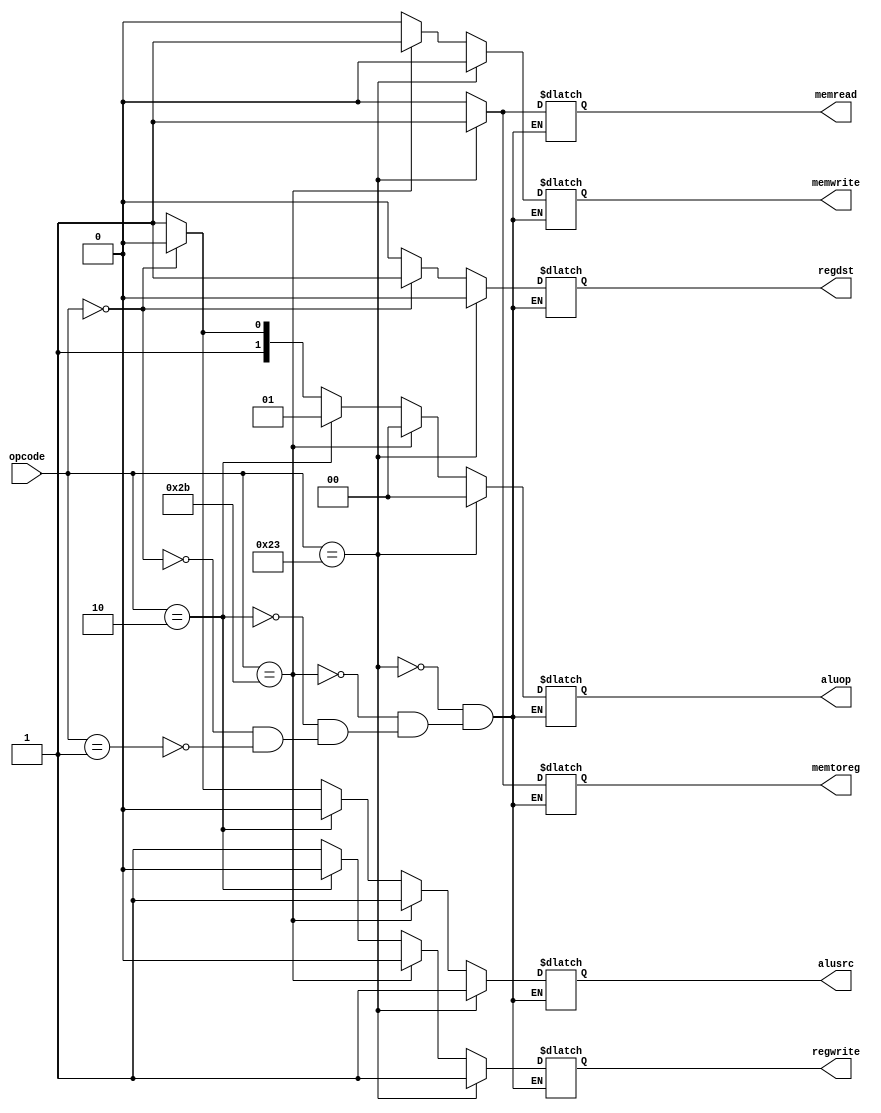
`timescale 1ns / 1ps
//////////////////////////////////////////////////////////////////////////////////
// Company: 
// Engineer: 
// 
// Design Name: 
// Module Name: control_unit
// Project Name: 
// Target Devices: 
// Tool Versions: 
// Description: 
// 
// Dependencies: 
// 
// Revision:
// Revision 0.01 - File Created
// Additional Comments:
// 
//////////////////////////////////////////////////////////////////////////////////


module control_unit(opcode,regdst,regwrite,alusrc,aluop,memread,memwrite,memtoreg);
input [5:0]opcode;
output reg regdst;
output reg regwrite;
output reg alusrc;
output reg [1:0]aluop;
output reg memread;
output reg memwrite;
output reg memtoreg;

always@(*)
//load
if(opcode==6'b100011)
begin
regdst<=1'b0;
regwrite<=1'b1;
alusrc<=1'b1;
aluop<=2'b00;
memread<=1'b1;
memwrite<=1'b0;
memtoreg<=1'b1;
end 
//store
else if(opcode==6'b101011)
begin
regdst<=1'bx;
regwrite<=1'b0;
alusrc<=1'b1;
aluop<=2'b00;
memread<=1'b0;
memwrite<=1'b1;
memtoreg<=1'bx;
end
//jump,branch
else if(opcode==6'b000010)
begin
regdst<=1'bx;
regwrite<=1'b0;
alusrc<=1'b0;
aluop<=2'b01;
memread<=1'b0;
memwrite<=1'b0;
memtoreg<=1'bx;
end
//r type
else if(opcode==6'b0)
begin
regdst<=1'b1;
regwrite<=1'b1;
alusrc<=1'b0;
aluop<=2'b10;
memread<=1'b0;
memwrite<=1'b0;
memtoreg<=1'b0;
end
else if(opcode==6'b000001)//change this opcode to 001101.
begin
regdst<=1'b0;
regwrite<=1'b1;
alusrc<=1'b1;
aluop<=2'b11;
memread<=1'b0;
memwrite<=1'b0;
memtoreg<=1'b0;
end





endmodule